Leningradi_Edasi_toimetus, lk 29
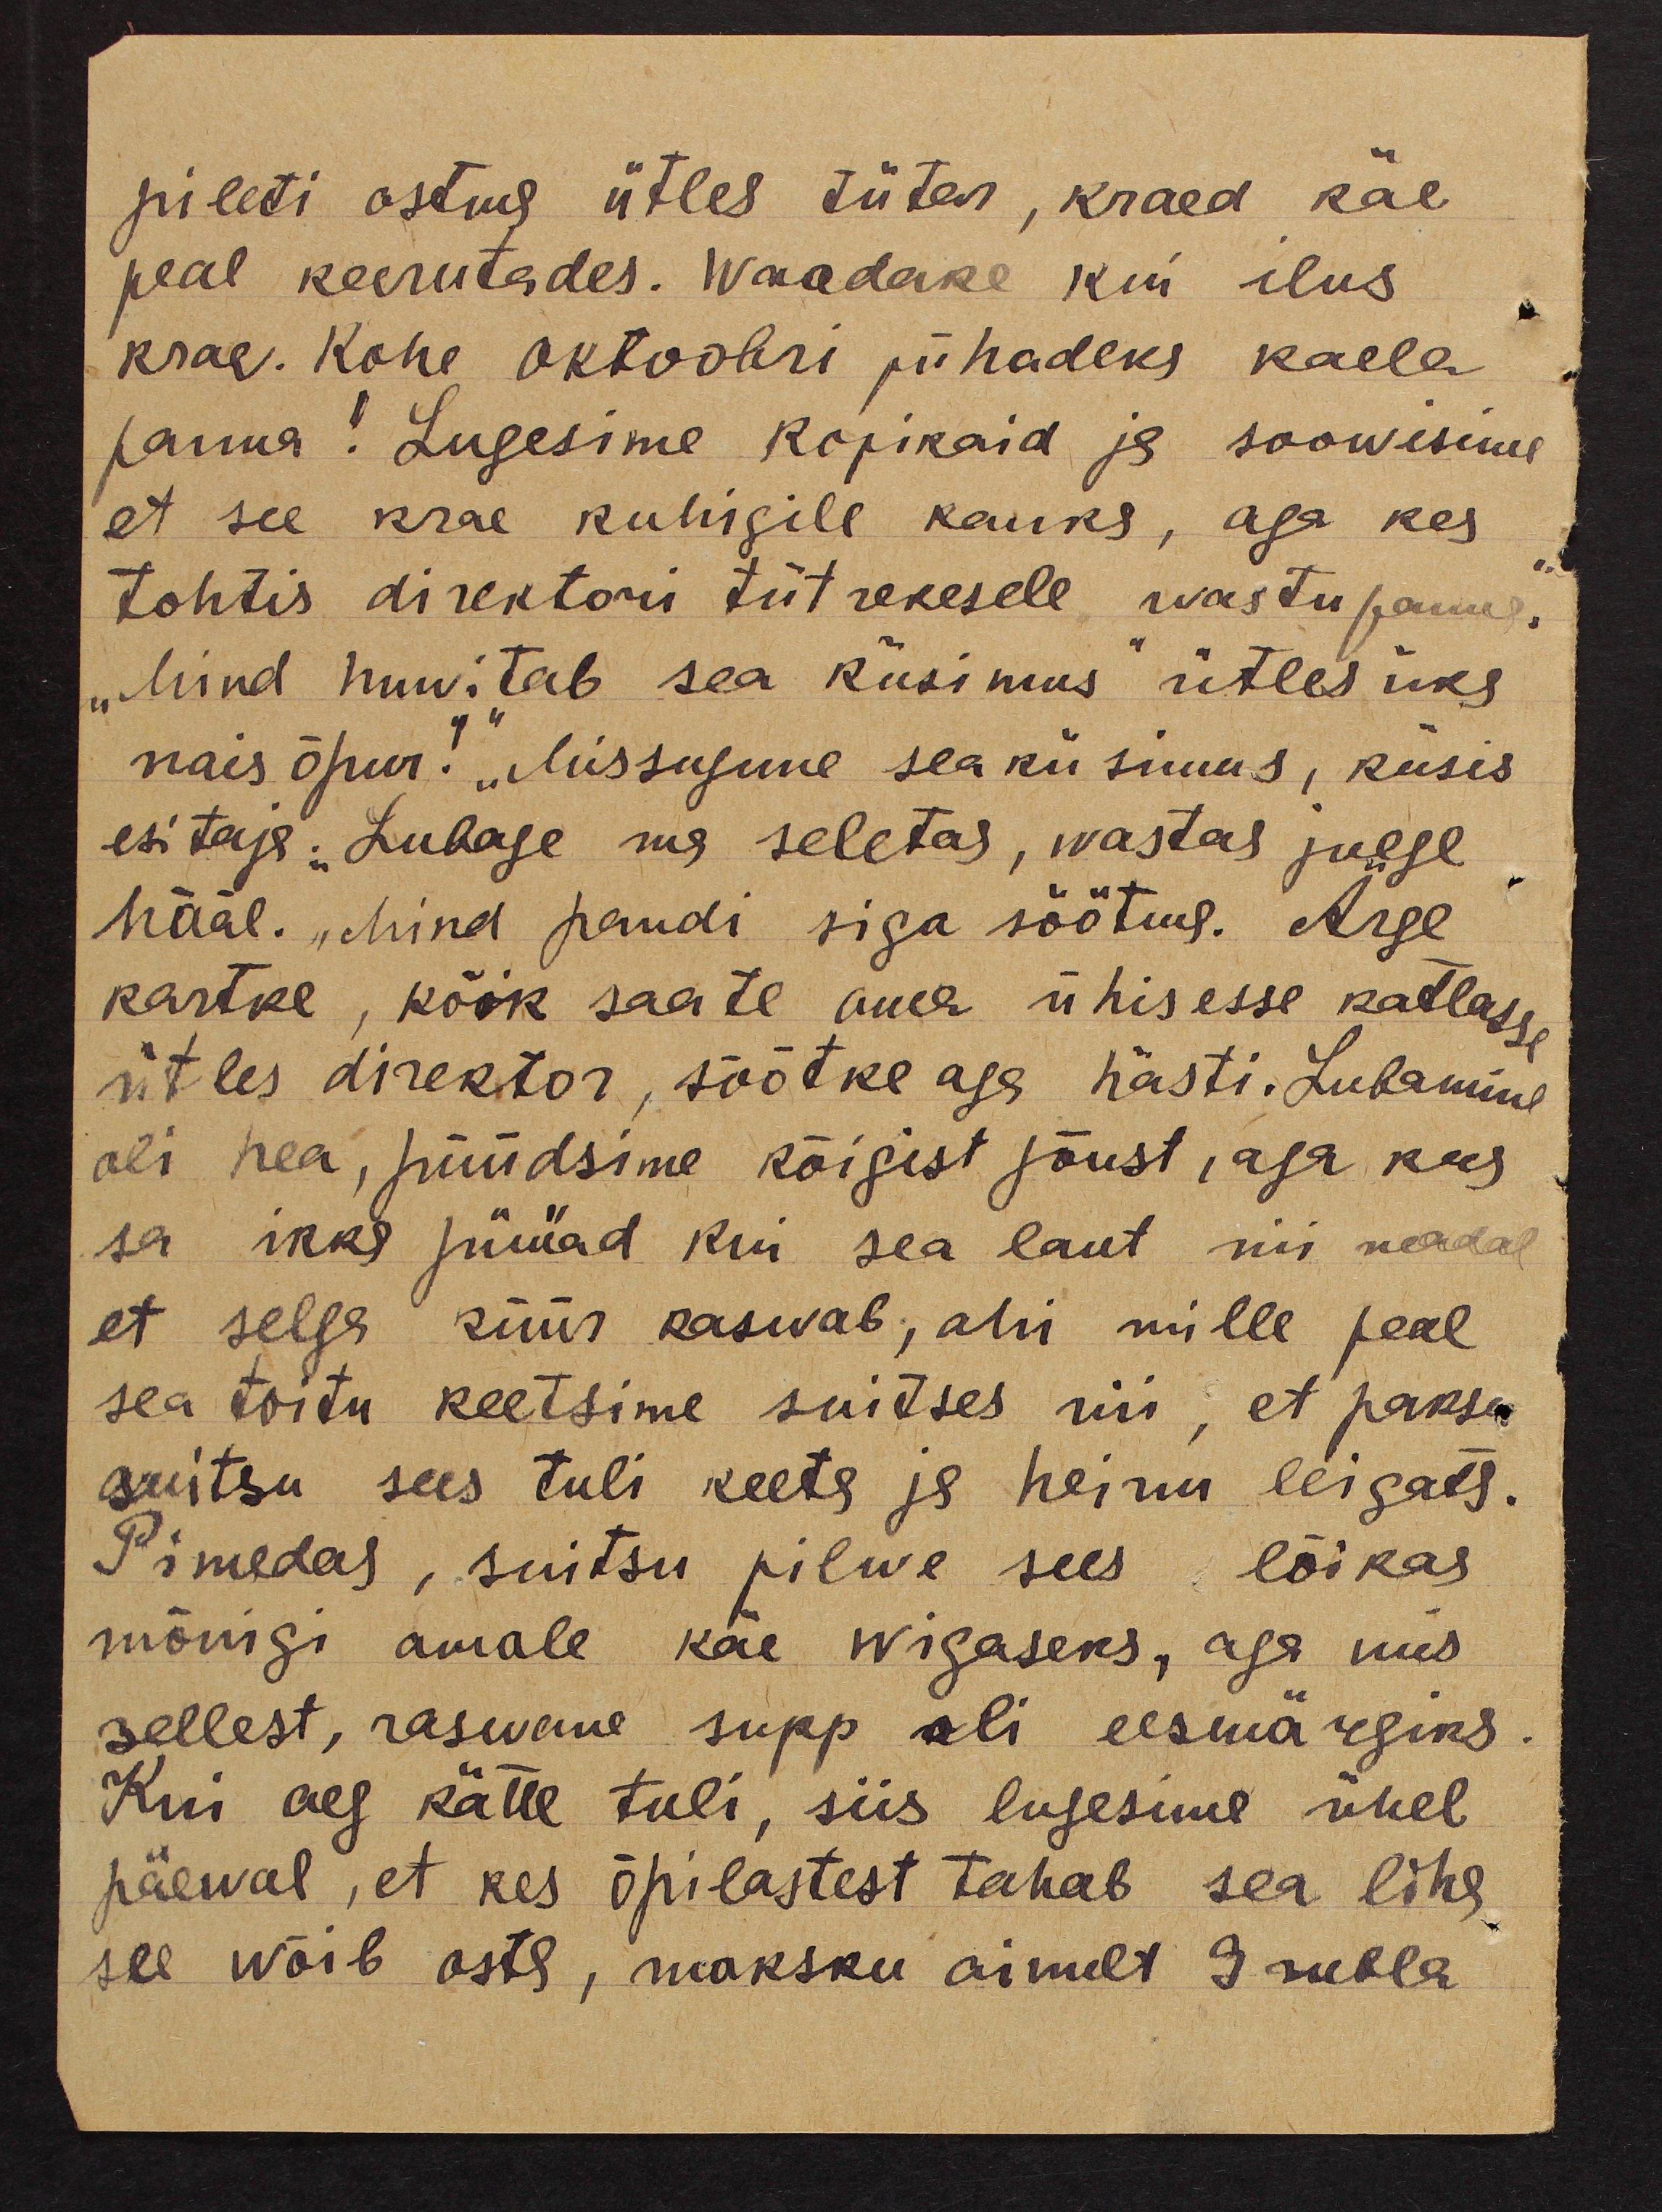
pileti ostma ütles tütar, kraed käe
peal keerutades. Waadake kui ilus
krae. Kohe oktoobri pühadeks kaela
panna! Lugesime kopikaid ja soowisime
et see krae kuhigile kauks, aga kes
tohtis direktori tütrekesele wastu panna.
"Mind huvitab sea küsimus" ütles üks
nais õpur!" "Missugune sea küsimus, küsis
esitaja. "Lubage ma seletas, wastas julge
hääl. "Mind pandi siga söötma. Ärge
kartke, kõik saate oma ühisesse katlasse
ütles direktor, söötke aga hästi. Lubamine
oli hea, püüdsime kõigist jõust, aga kus
sa ikka püüad kui sea laut nii madal
et selga küür kaswab, ahi mille peal
sea toitu keetsime suitses nii, et paksu
suitsu sees tuli keeta ja heinu leigata.
Pimedas, suitsu pilwe sees lõikas
mõnigi omale käe wigaseks, aga mis
sellest, raswene supp oli eesmärgiks
Kui aeg kätte tuli, siis lugesime ühel
päewal, et kes õpilastest tahab sea liha
see wõib osta, maksku ainult 9 rubla